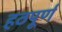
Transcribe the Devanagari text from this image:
हठपूर्ण